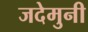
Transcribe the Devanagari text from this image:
जदेमुनी